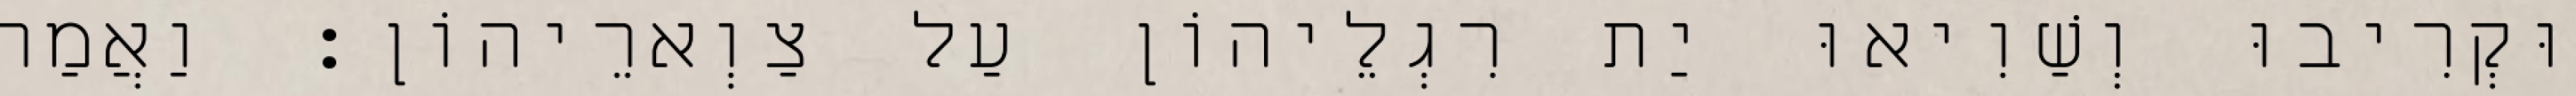
וּקְרִיבוּ וְשַׁוִיאוּ יַת רִגְלֵיהוֹן עַל צַוְארֵיהוֹן׃ וַאֲמַר